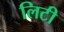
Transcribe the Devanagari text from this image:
लिटी